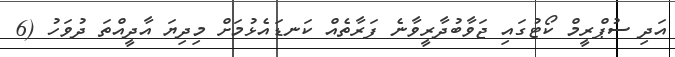
އަދި ސުޕްރީމް ކޯޓުގައި ޖަވާބުދާރީވާނެ ފަރާތެއް ކަނޑައެޅުމަށް މިދިޔަ އާދީއްތަ ދުވަހު (6